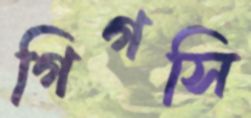
গিগসি